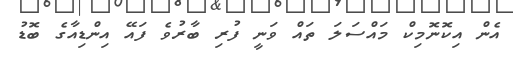
އެން އިކޮނޮމިކް މައްސަލަ ތައް ވަނީ ފުރި ބާރުވެ ފައޭ އިންޑިއާގެ ބޮޑު